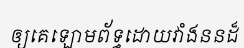
ឲ្យគេឡោមព័ទ្ធដោយវាំងននដ៏